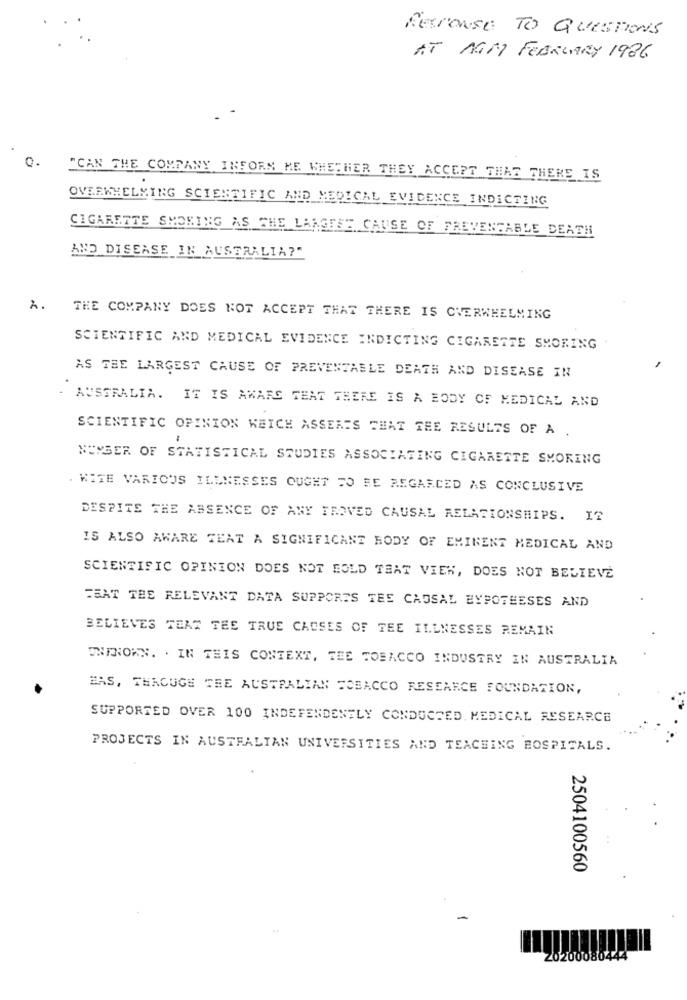
Response TO Questions
AT MGM FEBRUARY 1986
0.
"CAN THE COMPANY INFORM ME WHETHER THEY ACCEPT THAT THERE IS
OVERWHELMING SCIENTIFIC AND MEDICAL EVIDENCE INDICEING
CIGARETTE SMOKING AS THE LARGEST CAUSE OF FREVENTABLE DEATH
AND DISEASE IN AUSTRALIA?"
2.
THE COMPANY DOES NOT ACCEPT THAT THERE IS OVERWHELMING
SCIENTIFIC AND MEDICAL EVIDENCE INDICTING CIGARETTE SMOKING
AS THE LARGEST CAUSE OF PREVENTABLE DEATH AND DISEASE IN
AUSTRALIA. IT IS AWARE THAT THERE IS A BODY OF MEDICAL AND
SCIENTIFIC OPINION WEICH ASSERTS THAT THE RESULTS OF A .
NUMBER OF STATISTICAL STUDIES ASSOCIATING CIGARETTE SMOKING
. KITE VARIOUS ILLNESSES OUGHT TO BE REGARDED AS CONCLUSIVE
DESPITE THE ABSENCE OF ANY FROVED CAUSAL RELATIONSHIPS. I?
IS ALSO AWARE THAT A SIGNIFICANT BODY OF EMINENT MEDICAL AND
SCIENTIFIC OPINION DOES NOT FOLD THAT VIEW, DOES NOT BELIEVE
FEAT THE RELEVANT DATA SUPPORTS TEE CAUSAL EYPOTEESES AND
BELIEVES TEAT TEE TRUE CAUSES OF TEE ILLNESSES REMAIN
ENINOWN. . IN THIS CONTEXT, TEE TOBACCO INDUSTRY EN AUSTRALIA
BAS, THROUGH THE AUSTRALIAN TOBACCO RESEARCH FOUNDATION,
SUPPORTED OVER 100 INDEFENDENELY CONDUCTED. MEDICAL RESEARCE
PROJECTS IN AUSTRALIAN UNIVERSITIES AND TEACHING HOSPITALS.
2504100560
20200080444